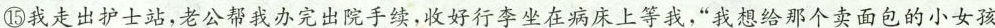
⑩我走出护士站，老公帮我办完出院手续，收好行李坐在病床上等我，”我想给那个卖面包的小女孩